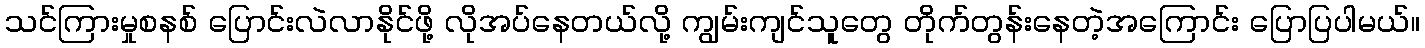
သင်ကြားမှုစနစ် ပြောင်းလဲလာနိုင်ဖို့ လိုအပ်နေတယ်လို့ ကျွမ်းကျင်သူတွေ တိုက်တွန်းနေတဲ့အကြောင်း ပြောပြပါမယ်။